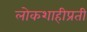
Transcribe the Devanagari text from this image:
लोकशाहीप्रती